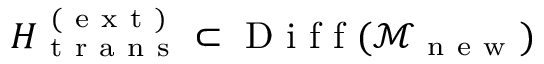
H _ { \mathrm { ~ t ~ r ~ a ~ n ~ s ~ } } ^ { \mathrm { ~ ( ~ e ~ x ~ t ~ ) ~ } } \subset \mathrm { ~ D ~ i ~ f ~ f ~ } ( \mathcal { M } _ { \mathrm { ~ n ~ e ~ w ~ } } )